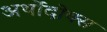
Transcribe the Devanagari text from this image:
अर्थोदोक्स